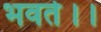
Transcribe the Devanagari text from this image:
भवते।।